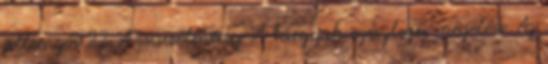
jellemzői 22 A csúcsélmény A tárgyak egészleges megélése Az